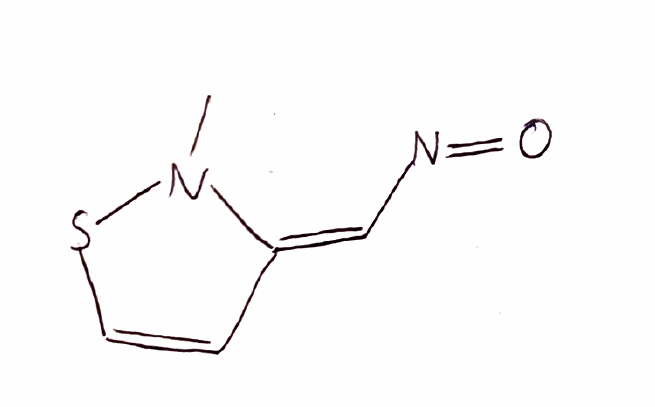
Simplified molecular-input line-entry system (SMILES) notation of the given molecule:
CN1/C(=C\N=O)/C=CS1